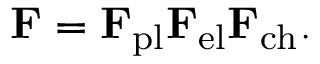
\mathbf { F } = \mathbf { F } _ { \mathrm { p l } } \mathbf { F } _ { \mathrm { e l } } \mathbf { F } _ { \mathrm { c h } } .